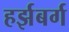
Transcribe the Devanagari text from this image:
हर्झबर्ग